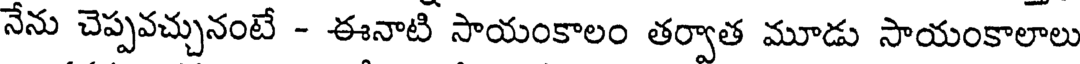
నేను చెప్పవచ్చునంటే - ఈనాటి సాయంకాలం తర్వాత మూడు సాయంకాలాలు